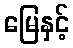
မြေနှင့်